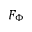
F _ { \Phi }